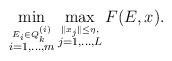
LaTeX: \begin{align*} \min\limits_{\stackrel{E_i \in Q_k^{(i)}}{i=1, \dots, m}} \max\limits_{\stackrel{\|x_j\| \leq \eta,}{j=1, \dots, L} } F(E, x).\end{align*}